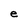
Character: e